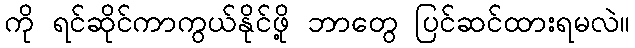
ကို ရင်ဆိုင်ကာကွယ်နိုင်ဖို့ ဘာတွေ ပြင်ဆင်ထားရမလဲ။